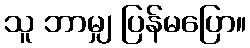
သူ ဘာမျှ ပြန်မပြော။